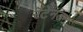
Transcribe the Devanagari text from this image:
रॅटेनडन